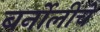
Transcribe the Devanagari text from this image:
बर्नोलीचे